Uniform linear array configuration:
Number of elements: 8
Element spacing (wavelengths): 0.75
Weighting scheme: uniform
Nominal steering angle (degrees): -30
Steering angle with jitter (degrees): -29.864
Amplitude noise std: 0.05
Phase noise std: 0.05

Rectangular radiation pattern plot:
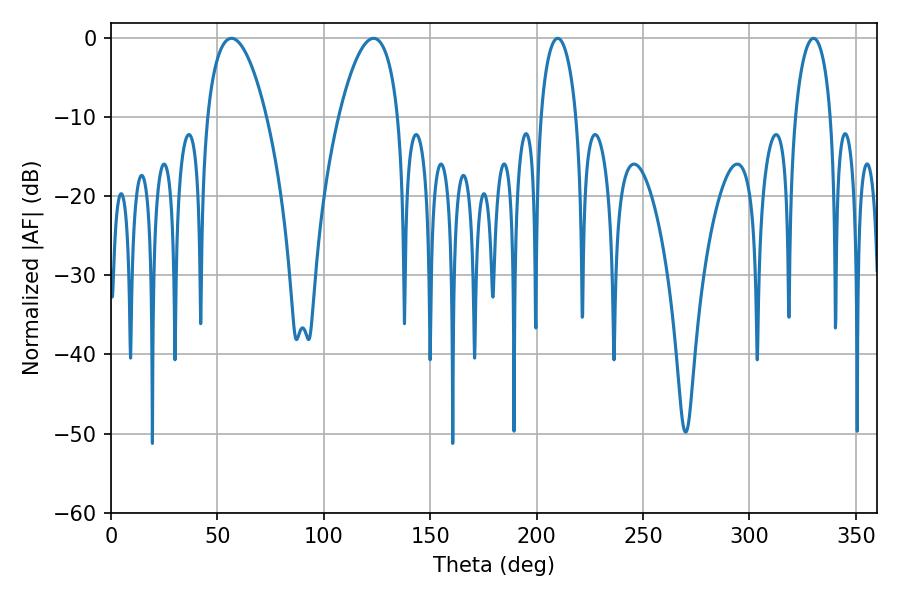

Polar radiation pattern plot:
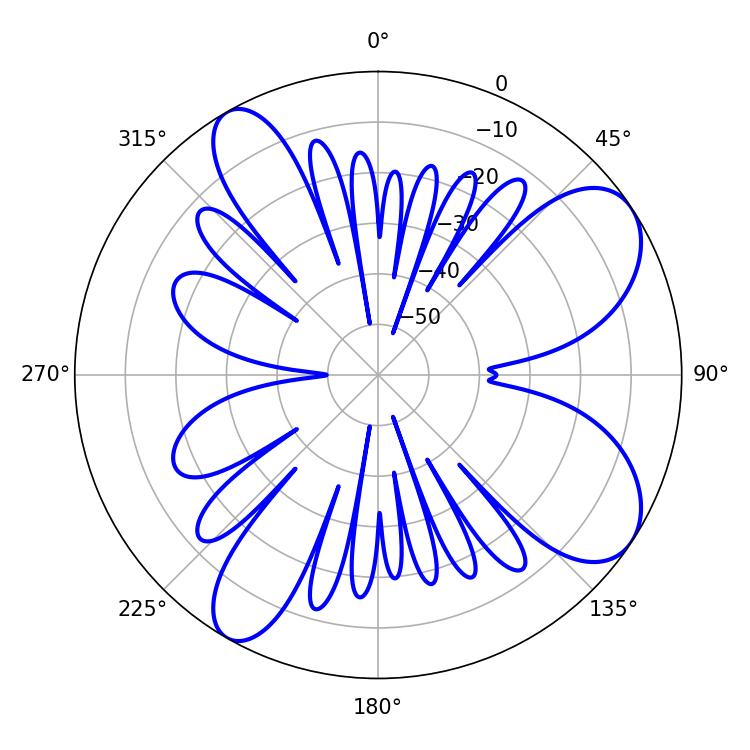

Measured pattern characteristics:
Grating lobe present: TRUE
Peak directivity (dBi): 8.288
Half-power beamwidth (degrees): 9.54
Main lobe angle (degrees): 209.88